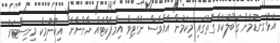
އަޅުގަނޑުމެން ގަބޫލުކުރާ ގޮތުގައި މިކަމުން އެއްވެސް ނެގެޓިވް އިމްޕެކްޓެއް ނާންނާނެ" އިކޮނޮމިކް މިނިސްޓަރު